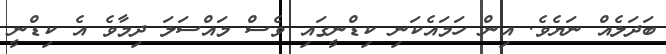
ބަދަލެެއް ނަޔެވެ. އިން ހަމައެކަނި ކިޑްނީގައި ވެސް މައްސަލަ ދިމާވެ އެ ކިޑްނީ